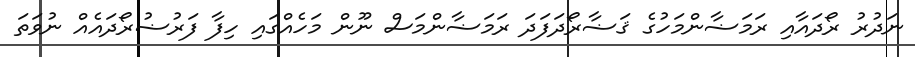
ނަދުރު ރޯދައާއި ރަމަޟާންމަހުގެ ޤަޟާރޯދަފަދަ ރަމަޟާންމަސް ނޫން މަހެއްގައި ހިފާ ފަރުޟުރޯދައެއް ނުވަތަ